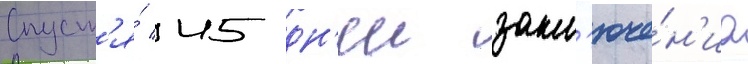
Спуст'я́ 45 дн'еи закл'юче́н'иа